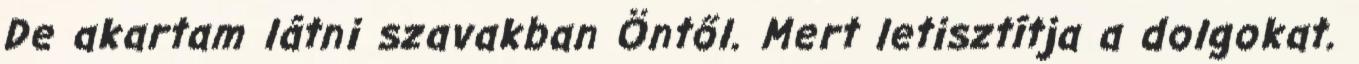
De akartam látni szavakban Öntől. Mert letisztítja a dolgokat.